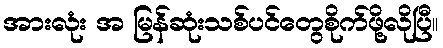
အားလုံး အ မြန်ဆုံးသစ်ပင်တွေစိုက်ဖို့လိုပြီ။